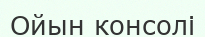
Ойын консолі